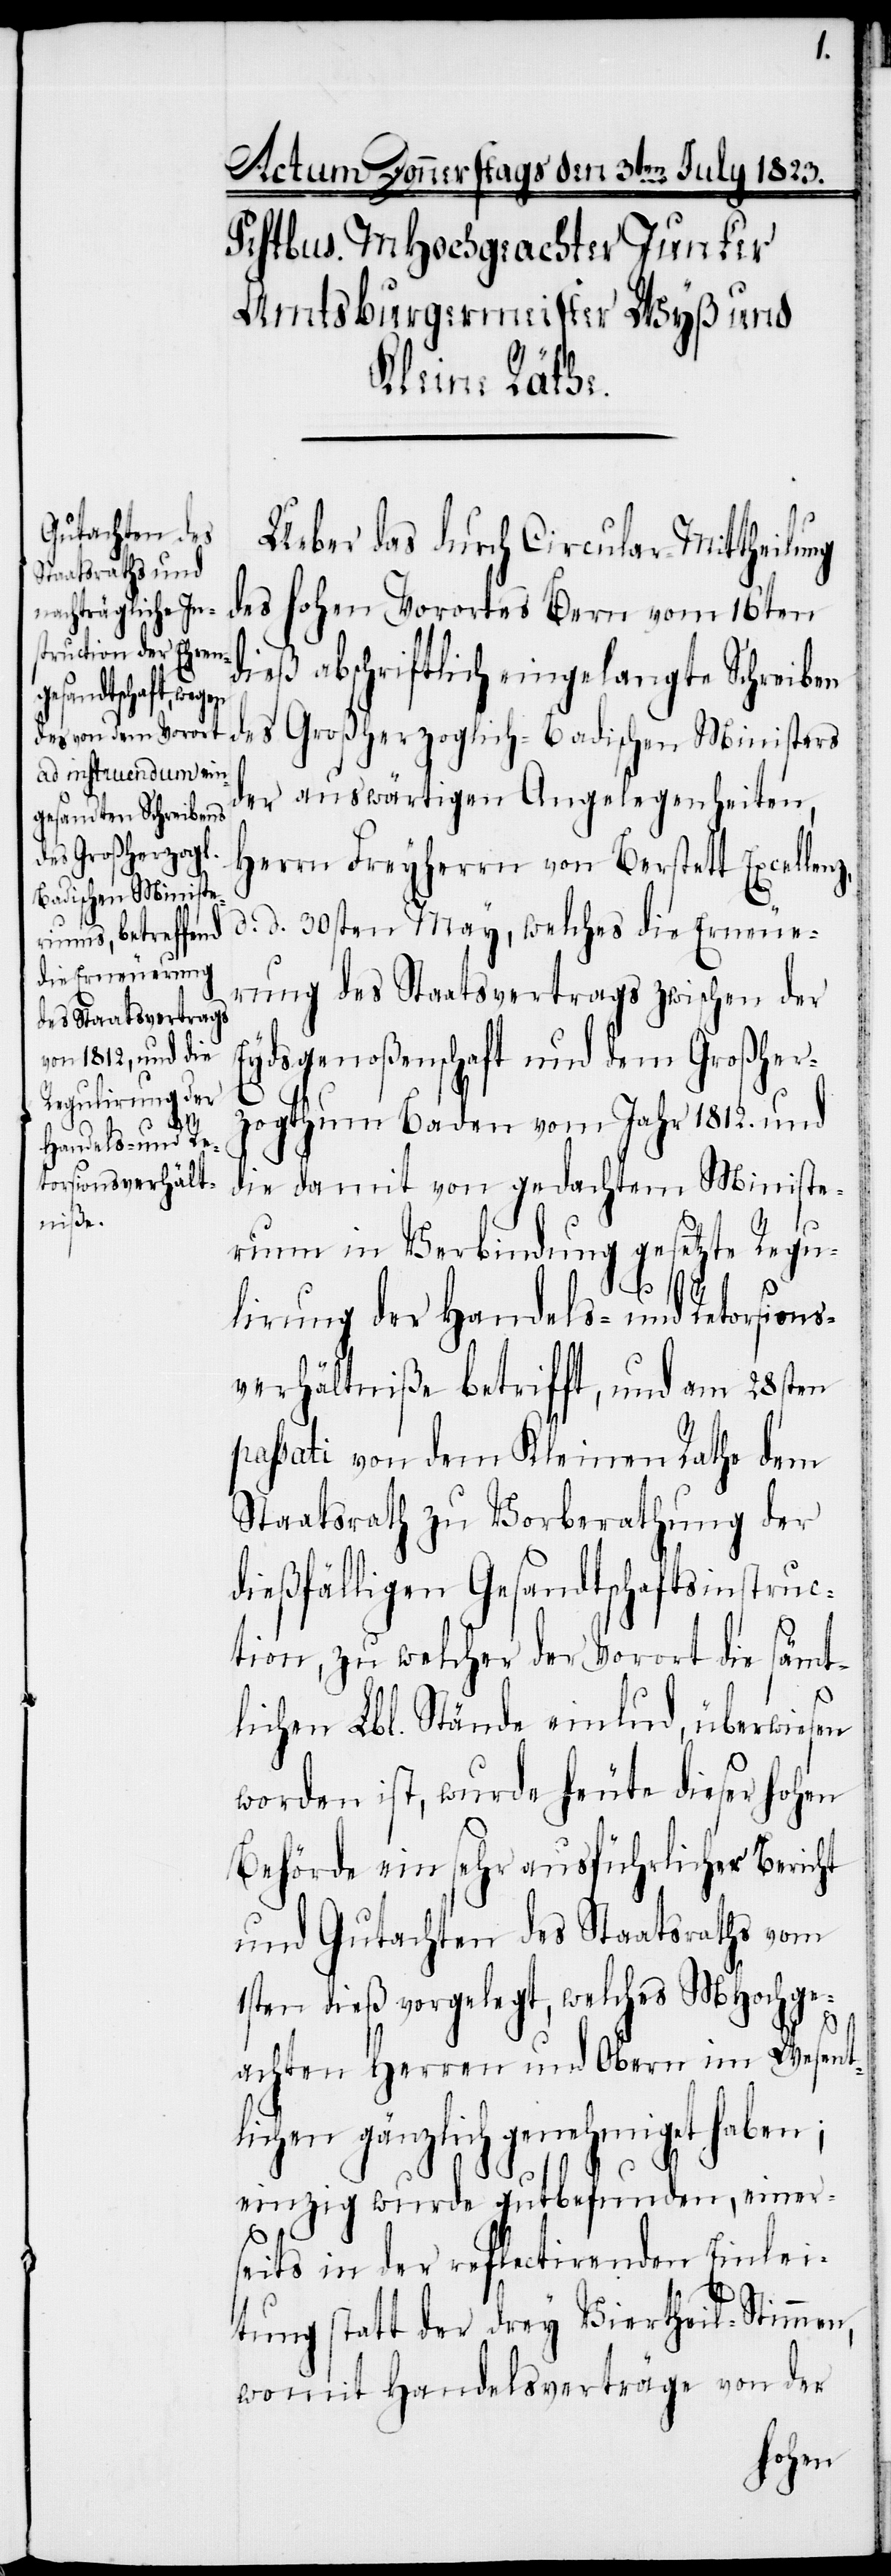
n,
Ueber das durch Circular Mittheilung
des hohen Vorortes Bern vom 16ten
dieß abschriftlich eingelangte Schreiben
des Großherzoglich-Badischen Ministers
der auswärtigen Angelegenheiten,
Herrn Freyherrn von Berstett Excellenz,
d. d. 30sten May, welches die Erneue¬
rung des Staatsvertrags zwischen der
Eydsgenoßenschaft und dem Großher¬
zogthum Baden vom Jahr 1812. und
die damit von gedachtem Ministe¬
rium in Verbindung gesetzte Regu¬
lirung der Handels- und Retorsions¬
verhältniße betrifft, und am 28sten
passati von dem Kleinen Rathe dem
Staatsrath zu Vorberathung der
dießfälligen Gesandtschaftsinstruc¬
tion, zu welcher der Vorort die sämt¬
lichen Lbl. Stände einlud, überwiesen
worden ist, wurde heute dieser hohen
Behörde ein sehr ausführlicher Bericht
und Gutachten des Staatsraths vom
1sten dieß vorgelegt, welches MHochge¬
achten Herren und Obern im Wesent¬
lichen gänzlich genehmiget haben;
einzig wurde gutbefunden, einer¬
seits in der reflectirenden Einlei¬
tung statt der drey Viertheil-Stimme¬
womit Handelsverträge von der